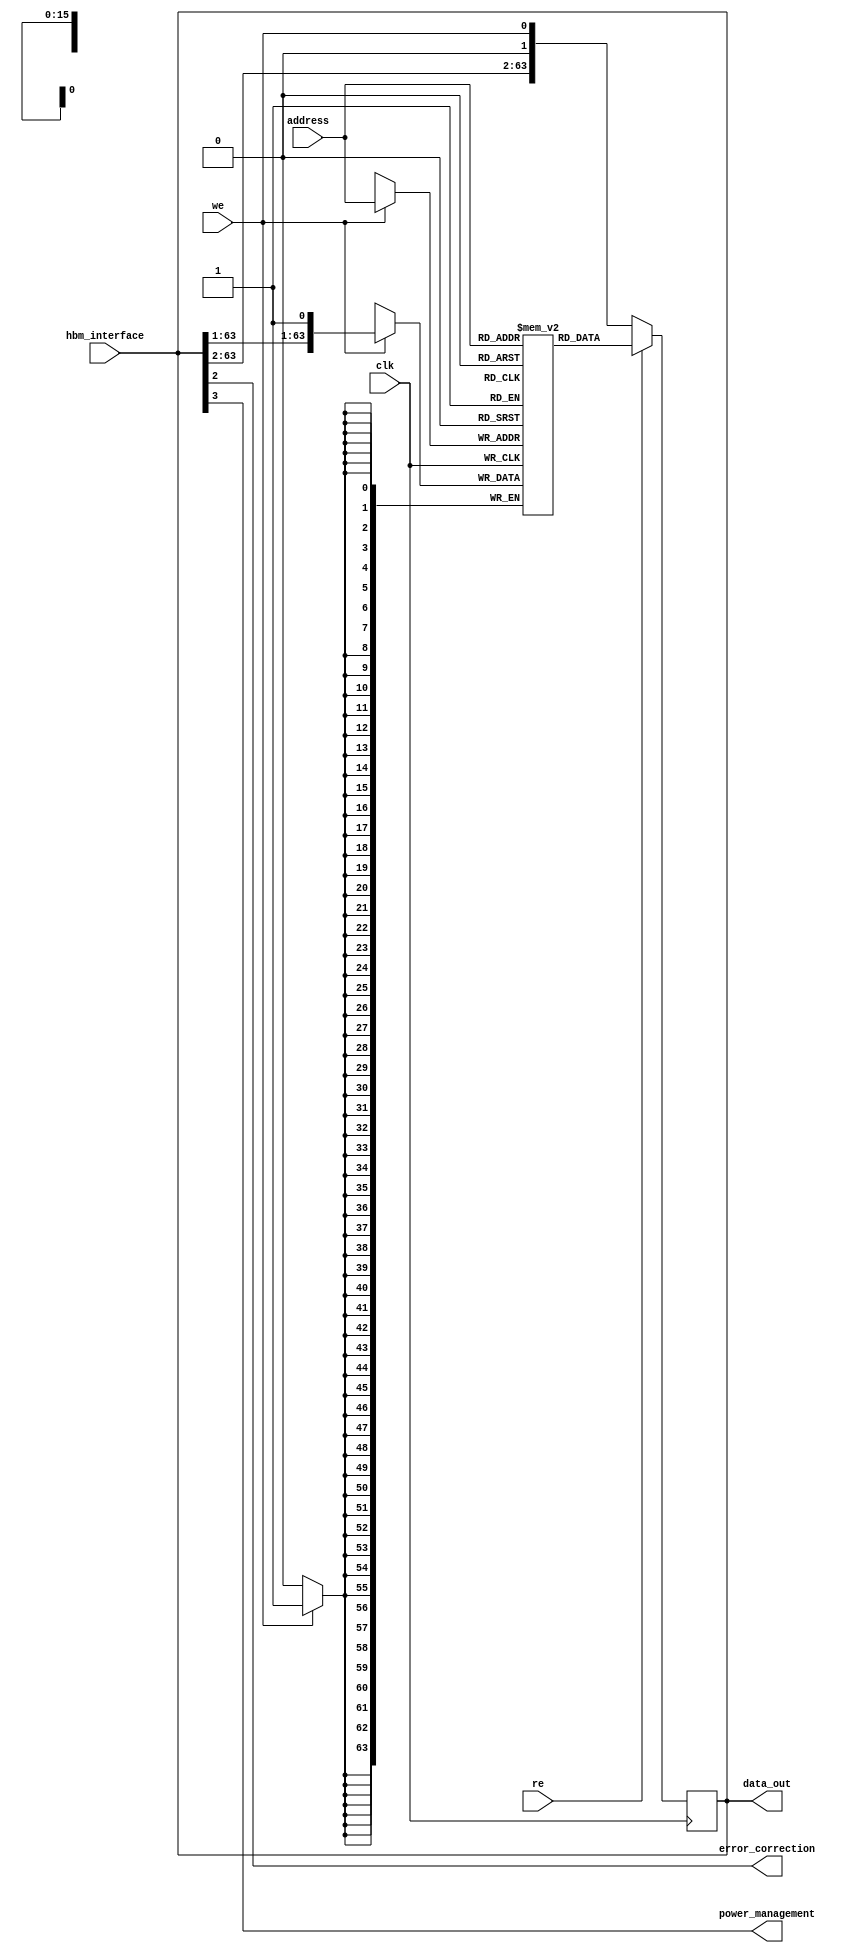
module MemoryBlocks_HBM (
    input wire [63:0] hbm_interface,
    input wire [15:0] address,
    input wire we,
    input wire re,
    input wire clk,
    output wire [63:0] data_out,
    output wire error_correction,
    output wire power_management
);

// High Bandwidth Memory interface for high-speed data transfer
 assign data_out = hbm_interface;

// Memory array organization for efficient data storage and retrieval
reg [63:0] memory_array [0:65535];
  
// Address decoder for accessing specific memory locations
always @ (posedge clk)
begin
    if(we) begin
        memory_array[address] <= hbm_interface;
    end
    if(re) begin
        data_out <= memory_array[address];
    end
end

// Data input/output ports for transferring data between HBM and external devices

 // Read and write control signals for managing data access operations
assign we = hbm_interface[0];
assign re = hbm_interface[1];

// Error correction and detection mechanisms for ensuring data integrity
assign error_correction = hbm_interface[2];

// Power management features for efficient power usage in the memory blocks
assign power_management = hbm_interface[3];

endmodule